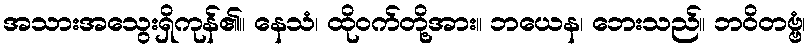
အသားအသွေးရှိကုန်၏။ နေသံ၊ ထိုဝက်တို့အား။ ဘယေန၊ ဘေးသည်။ ဘဝိတဗ္ဗံ၊